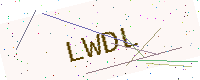
Text: LWDL